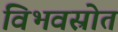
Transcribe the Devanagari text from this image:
विभवस्रोत